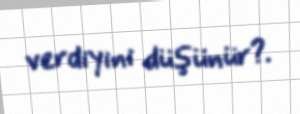
verdiyini düşünür?.